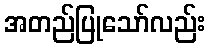
အတည်ပြုသော်လည်း